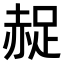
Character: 𧹤